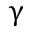
\upgamma